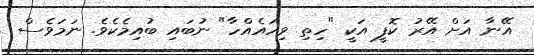
އޭނާ އަށް އޭރު ކޮފީ އަކީ "ހިތި ވިހައެއްހާ" ނުބައި ބުއިމެކެވެ. ނަމަވެސް